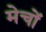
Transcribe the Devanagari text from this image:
मेचों